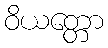
ဝိယတ္တော